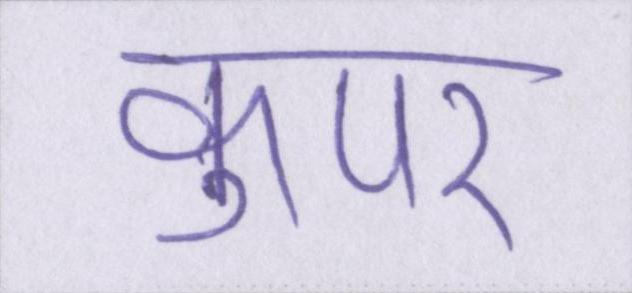
कुपर